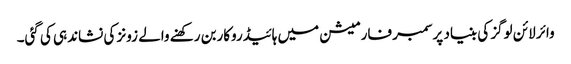
وائر لائن لوگز کی بنیاد پرسمبر فارمیشن میں ہائیڈروکاربن رکھنے والے زونز کی نشاندہی کی گئی۔